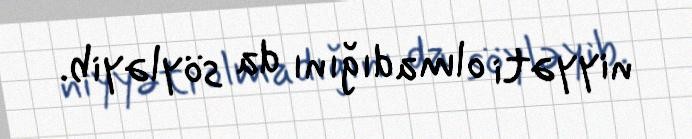
niyyəti olmadığını da söyləyib.